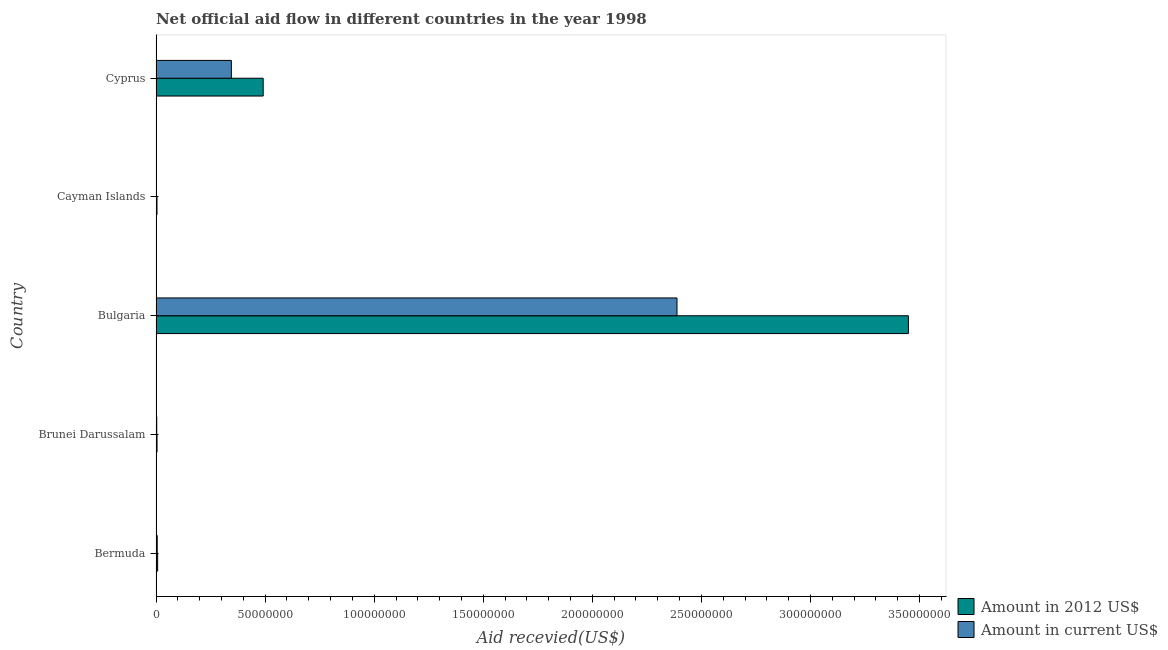
| Country | Amount in 2012 US$ | Amount in current US$ |
 | --- | --- | --- |
 | Bermuda | 7.4e+05 | 5.5e+05 |
 | Brunei Darussalam | 4.6e+05 | 3.3e+05 |
 | Bulgaria | 3.45e+08 | 2.39e+08 |
 | Cayman Islands | 4.5e+05 | 1.6e+05 |
 | Cyprus | 4.91e+07 | 3.45e+07 |